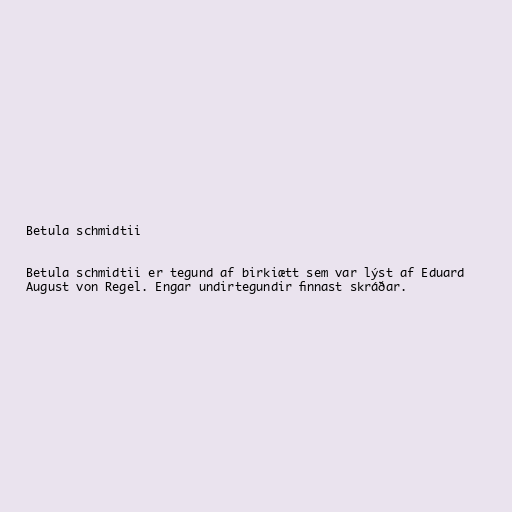
Betula schmidtii

Betula schmidtii er tegund af birkiætt sem var lýst af Eduard
August von Regel. Engar undirtegundir finnast skráðar.